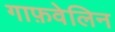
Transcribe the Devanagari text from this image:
गाफ़वेलिन